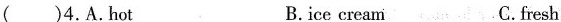
()4.A.hot B.ice cream C. fresh